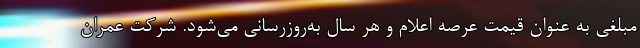
مبلغی به عنوان قیمت عرصه اعلام و هر سال به‌روزرسانی می‌شود. شرکت عمران